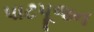
પાટપૂજન